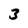
Character: 3